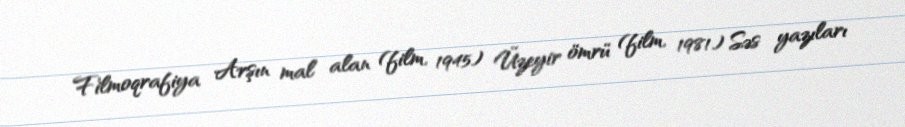
Filmoqrafiya Arşın mal alan (film, 1945) Üzeyir ömrü (film, 1981) Səs yazıları